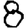
Digit: 8